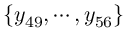
\{ y _ { 4 9 } , \cdots , y _ { 5 6 } \}